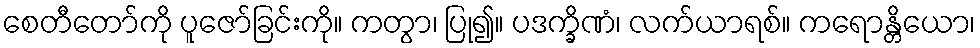
စေတီတော်ကို ပူဇော်ခြင်းကို။ ကတွာ၊ ပြု၍။ ပဒက္ခိဏံ၊ လက်ယာရစ်။ ကရောန္တိယော၊